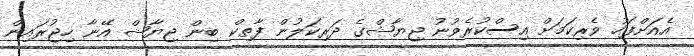
އެއަށްފަހު ވެރިކަމަށް އިސްކުރެވުނު ޖިޔާޝްގެ ދަރިކަލުން ފާތިކް ބިން ޖިޔާޝް އޭނާ ހިޖުރައިން